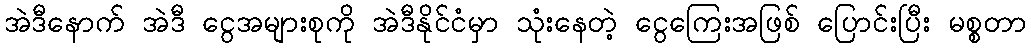
အဲဒီနောက် အဲဒီ ငွေအများစုကို အဲဒီနိုင်ငံမှာ သုံးနေတဲ့ ငွေကြေးအဖြစ် ပြောင်းပြီး မစ္စတာ